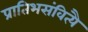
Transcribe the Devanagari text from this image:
प्रातिभसंवित्यै